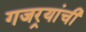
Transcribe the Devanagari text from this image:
गजर्‍यांची